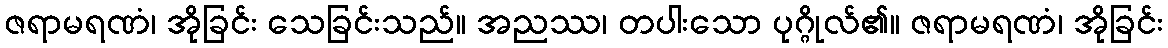
ဇရာမရဏံ၊ အိုခြင်း သေခြင်းသည်။ အညဿ၊ တပါးသော ပုဂ္ဂိုလ်၏။ ဇရာမရဏံ၊ အိုခြင်း